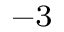
^ { - 3 }